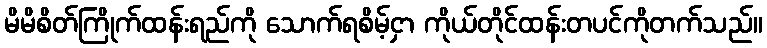
မိမိစိတ်ကြိုက်ထန်းရည်ကို သောက်ရစိမ့်ငှာ ကိုယ်တိုင်ထန်းတပင်ကိုတက်သည်။